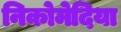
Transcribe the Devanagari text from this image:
निकोमेदिया